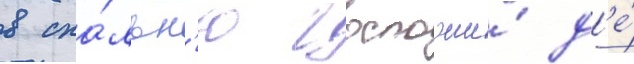
в спа́льн'ю госпожи́ д'е́